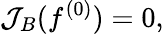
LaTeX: \mathcal{J}_{B}(f^{(0)})=0,